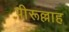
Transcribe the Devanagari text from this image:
पीरूल्लाह